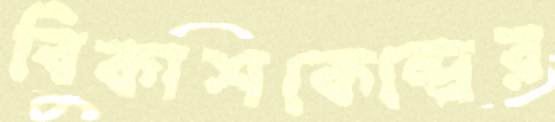
বিকাশকেন্দ্রের